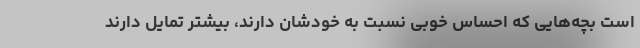
است بچه‌هایی که احساس خوبی نسبت به خودشان دارند، بیشتر تمایل دارند